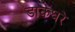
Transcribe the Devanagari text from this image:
डाकघरे